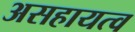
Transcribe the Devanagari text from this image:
असहायत्व